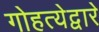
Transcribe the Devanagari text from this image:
गोहत्येद्वारे